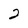
Character: 2